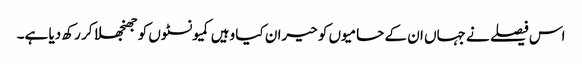
اس فیصلے نے جہاں ان کے حامیوں کو حیران کیا وہیں کمیونسٹوں کو جھنجھلا کر رکھ دیا ہے۔